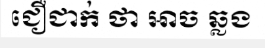
ជឿជាក់ ថា អាច ឆ្លង